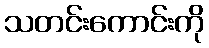
သတင်းကောင်းကို